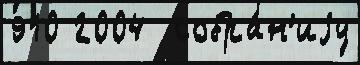
910 2004  собра́н'иjу